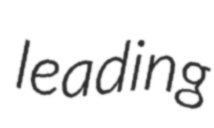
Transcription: leading